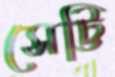
সেট্টি